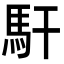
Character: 馯